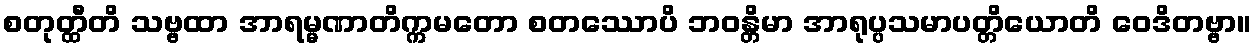
စတုတ္ထီတိ သဗ္ဗထာ အာရမ္မဏာတိက္ကမတော စတဿောပိ ဘဝန္တိမာ အာရုပ္ပသမာပတ္တိယောတိ ဝေဒိတဗ္ဗာ။